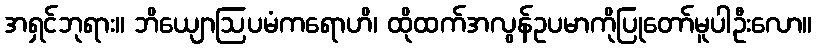
အရှင်ဘုရား။ ဘိယျောဩပမံကရောဟိ၊ ထိုထက်အလွန်ဥပမာကိုပြုတော်မူပါဦးလော။